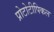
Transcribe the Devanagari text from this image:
प्रोटोटीपिकल